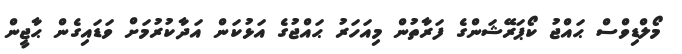
މޯލްޑިވްސް ޙައްޖު ކޯޕަރޭޝަންގެ ފަރާތުން މިއަހަރު ޙައްޖުގެ އަޅުކަން އަދާކުރުމަށް ވަޑައިގެން ޙާޖީން